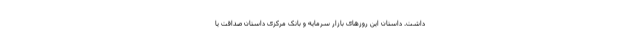
داشت. داستان این روزهای بازار سرمایه و بانک مرکزی داستان صداقت یا